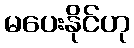
မပေးနိုင်ဟု